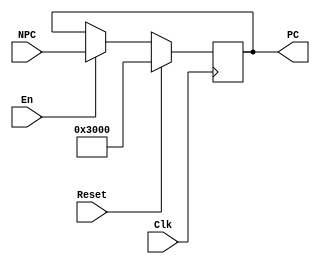
`ifndef PC
`define PC

module pc(
	input Clk,
	input Reset,
	input En,
	input [31:0] NPC,
	output [31:0] PC
	);
	
	reg [31:0] _pc;
	assign PC = _pc;
	
	always @ (posedge Clk) begin
		if (Reset)
			_pc <= 32'h00003000;
		else if (En)
			_pc <= NPC;
	end
	
	initial begin
		_pc <= 32'h00003000;
	end

endmodule
	

`endif